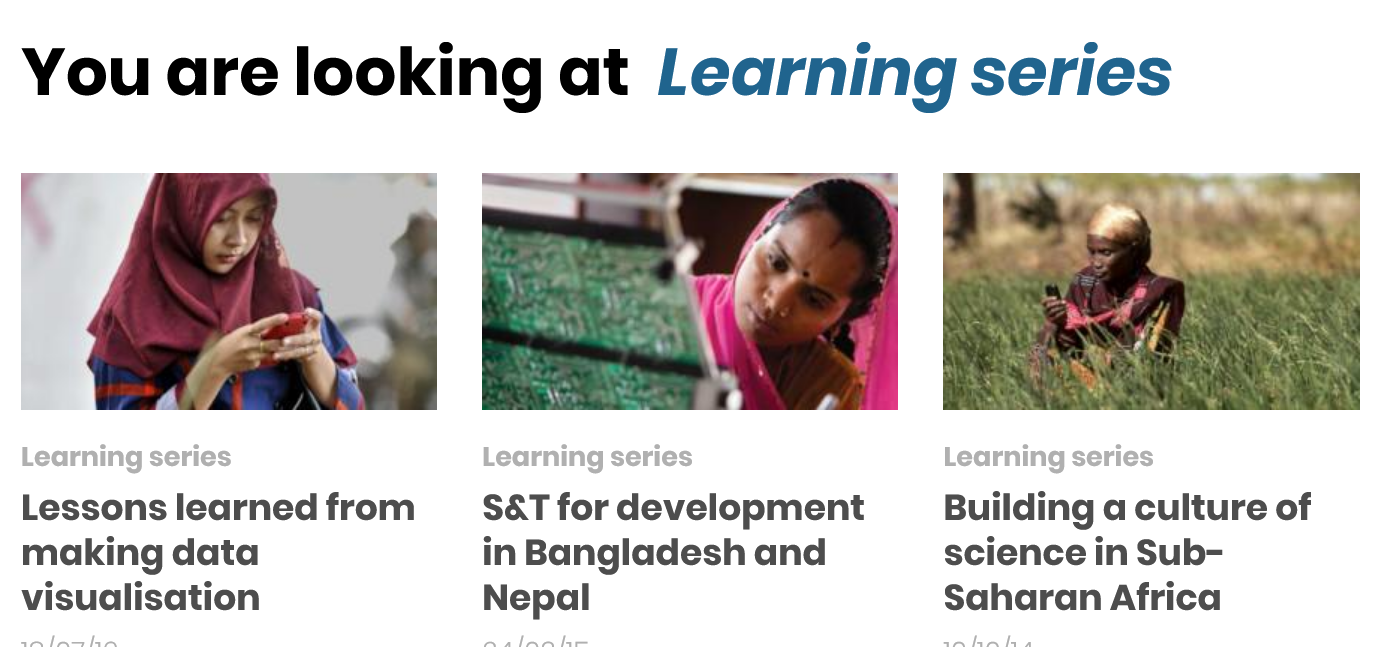
You  are  looking  at  Learning    series
     Building a culture of
     science in Sub-
     Saharan Africa
     Learning series Learning series Learning series
     S&T for development
     in Bangladesh and
     Nepal
  Lessons learned from
  making data
  visualisation